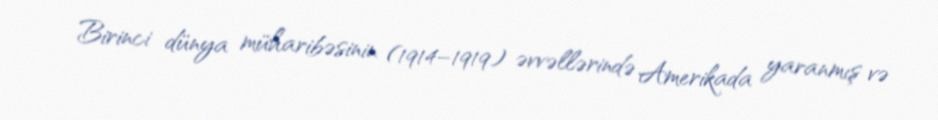
Birinci dünya müharibəsinin (1914–1919) əvvəllərində Amerikada yaranmış və